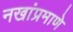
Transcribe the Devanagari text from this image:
नखांप्रमाणे